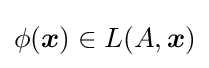
\phi ({\boldsymbol {x}})\in L(A,{\boldsymbol {x}})